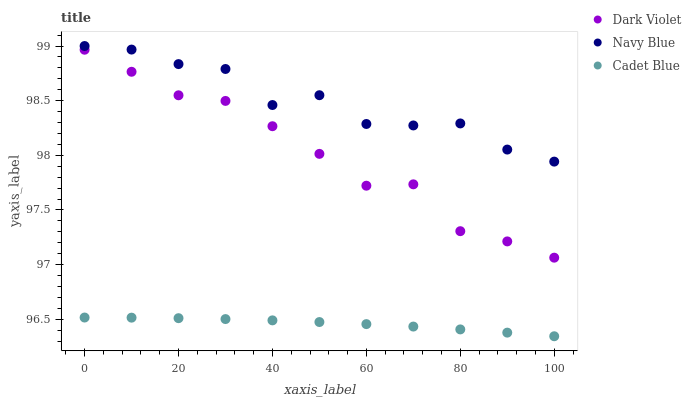
| xaxis_label | Dark Violet | Navy Blue | Cadet Blue |
 | --- | --- | --- | --- |
 | 0 | 99 | 99 | 96.5 |
 | 10 | 98.8 | 99 | 96.5 |
 | 20 | 98.5 | 98.8 | 96.5 |
 | 30 | 98.5 | 98.8 | 96.5 |
 | 40 | 98.3 | 98.5 | 96.5 |
 | 50 | 98 | 98.5 | 96.5 |
 | 60 | 97.7 | 98.3 | 96.5 |
 | 70 | 97.7 | 98.3 | 96.4 |
 | 80 | 97.3 | 98.3 | 96.4 |
 | 90 | 97.2 | 98.1 | 96.4 |
 | 100 | 97.1 | 97.9 | 96.3 |